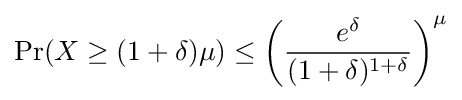
\Pr(X\geq (1+\delta )\mu )\leq \left({\frac {e^{\delta }}{(1+\delta )^{1+\delta }}}\right)^{\mu }